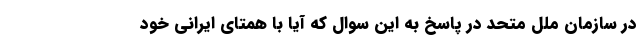
در سازمان ملل متحد در پاسخ به این سوال که آیا با همتای ایرانی خود